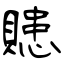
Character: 贃